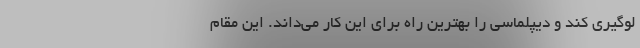
لوگیری کند و دیپلماسی را بهترین راه برای این کار می‌داند. این مقام